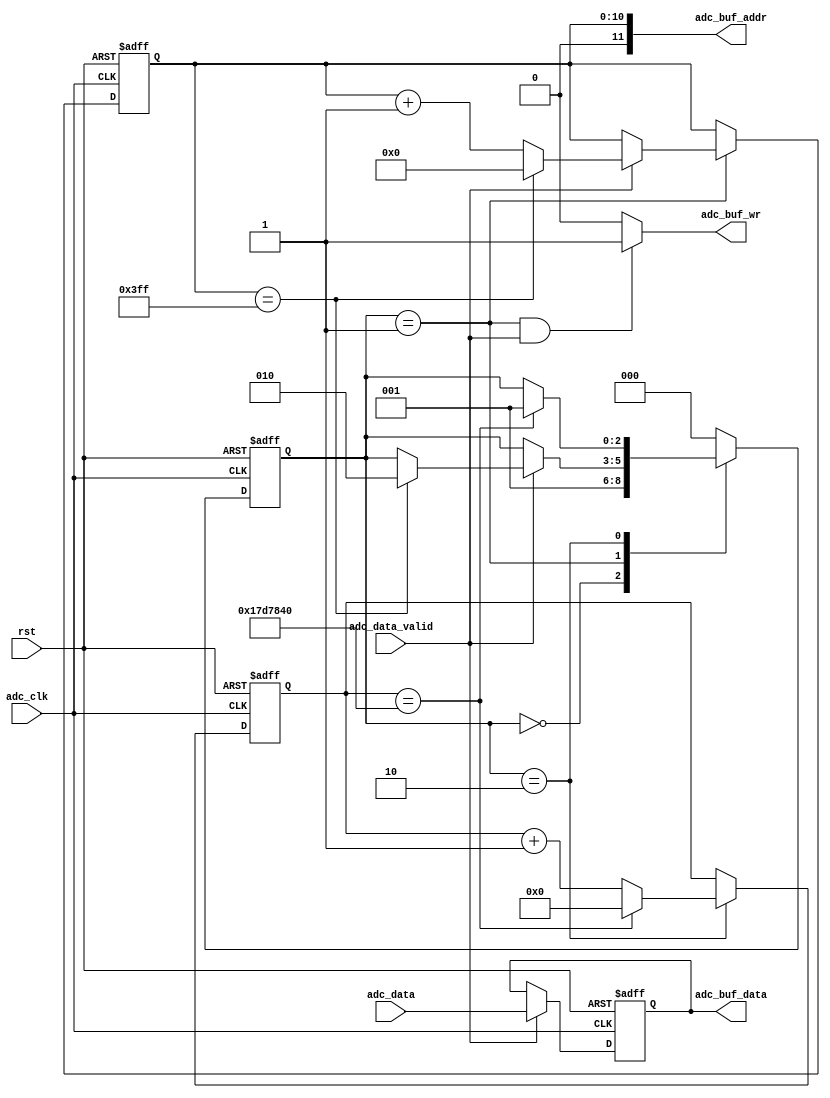
//////////////////////////////////////////////////////////////////////////////////
//                                                                              //
//                                                                              //
//          msq@qq.com                                                          //
//          ALINX(shanghai) Technology Co.,Ltd                                  //
//          heijin                                                              //
//     WEB: http://www.alinx.cn/                                                //
//     BBS: http://www.heijin.org/                                              //
//                                                                              //
//////////////////////////////////////////////////////////////////////////////////
//                                                                              //
// Copyright (c) 2017,ALINX(shanghai) Technology Co.,Ltd                        //
//                    All rights reserved                                       //
//                                                                              //
// This source file may be used and distributed without restriction provided    //
// that this copyright statement is not removed from the file and that any      //
// derivative work contains the original copyright notice and the associated    //
// disclaimer.                                                                  //
//                                                                              //
//////////////////////////////////////////////////////////////////////////////////

//================================================================================
//  Revision History:
//  Date          By            Revision    Change Description
//--------------------------------------------------------------------------------
//2017/8/28                   1.0          Original
//*******************************************************************************/
module ad9280_sample(
	input                       adc_clk,
	input                       rst,
	input[7:0]                  adc_data,
	input                       adc_data_valid,
	output                      adc_buf_wr,
	output[11:0]                adc_buf_addr,
	output[7:0]                 adc_buf_data
);

//`define TRIGGER

localparam       S_IDLE    = 0;
localparam       S_SAMPLE  = 1;
localparam       S_WAIT    = 2;

reg[7:0] adc_data_d0;
reg[7:0] adc_data_d1;
reg[10:0] sample_cnt;
reg[31:0] wait_cnt;
reg[2:0] state;
assign adc_buf_addr = sample_cnt;
assign adc_buf_data = adc_data_d0;
assign adc_buf_wr = (state == S_SAMPLE && adc_data_valid == 1'b1) ? 1'b1 : 1'b0;

always@(posedge adc_clk or posedge rst)
begin
	if(rst == 1'b1)
		adc_data_d0 <= 8'd0;
	else if(adc_data_valid == 1'b1)
		adc_data_d0 <= adc_data;
end
always@(posedge adc_clk or posedge rst)
begin
	if(rst == 1'b1)
		adc_data_d1 <= 8'd0;
	else if(adc_data_valid == 1'b1)
		adc_data_d1 <= adc_data_d0;
end

always@(posedge adc_clk or posedge rst)
begin
	if(rst == 1'b1)
	begin
		state <= S_IDLE;
		wait_cnt <= 32'd0;
		sample_cnt <= 11'd0;
	end
	else
		case(state)
			S_IDLE:
			begin
				state <= S_SAMPLE;
			end
			S_SAMPLE:
			begin
				if(adc_data_valid == 1'b1)
				begin
					if(sample_cnt == 11'd1023)
					begin
						sample_cnt <= 11'd0;
						state <= S_WAIT;
					end
					else
					begin
						sample_cnt <= sample_cnt + 11'd1;
					end
				end
			end		
			S_WAIT:
			begin
`ifdef  TRIGGER				
				if(adc_data_valid == 1'b1 && adc_data_d1 < 8'd127 && adc_data_d0 >= 8'd127)
					state <= S_SAMPLE;
`else
				if(wait_cnt == 32'd25_000_000)
				begin
					state <= S_SAMPLE;
					wait_cnt <= 32'd0;
				end
				else
				begin
					wait_cnt <= wait_cnt + 32'd1;
				end
`endif					
			end	
			default:
				state <= S_IDLE;
		endcase
end

endmodule